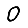
Digit: 0